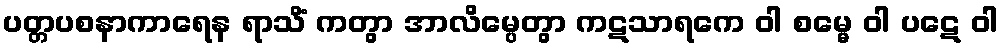
ပတ္တပစနာကာရေန ရာသိံ ကတွာ အာလိမ္ပေတွာ ကဋသာရကေ ဝါ စမ္မေ ဝါ ပဋေ ဝါ